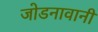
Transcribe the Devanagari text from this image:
जोडनावानी